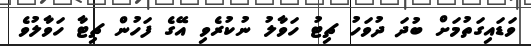
ވަޑައިގަތުމަށް ބުދަ ދުވަހު ޗިޓު ހަވާލު ނުކުރެވި އޭގެ ފަހުން ޗިޓާ ހަވާލުވެ